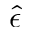
\hat { \epsilon }